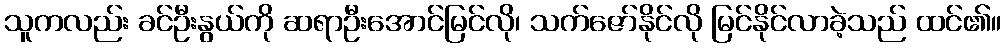
သူကလည်း ခင်ဦးနွယ်ကို ဆရာဦးအောင်မြင်လို၊ သက်ဇော်နိုင်လို မြင်နိုင်လာခဲ့သည် ထင်၏။